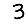
Digit: 3